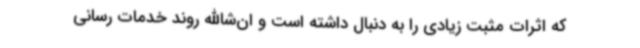
که اثرات مثبت زیادی را به دنبال داشته است و ان‌شاالله روند خدمات رسانی